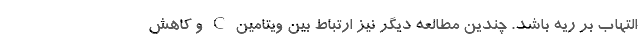
التهاب بر ریه باشد. چندین مطالعه دیگر نیز ارتباط بین ویتامین C و کاهش